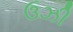
ઉઝી